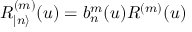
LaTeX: R _ { | n \rangle } ^ { ( m ) } ( u ) = b _ { n } ^ { m } ( u ) R ^ { ( m ) } ( u )